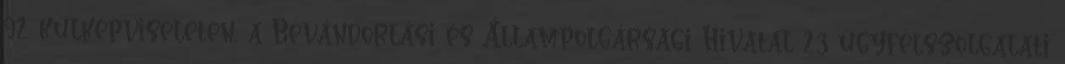
92 külképviseleten, a Bevándorlási és Állampolgársági Hivatal 23 ügyfélszolgálati